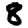
Digit: 8